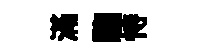
滿騶恃